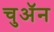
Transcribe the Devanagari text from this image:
चुअॅन